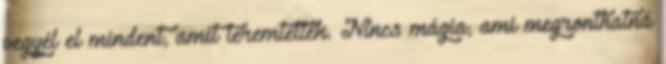
vegyél el mindent, amit teremtettek. Nincs mágia, ami megronthatná